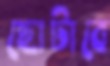
ছোটাবে